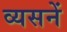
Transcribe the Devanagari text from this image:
व्यसनें